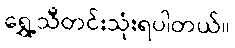
ရွှေ့သီတင်းသုံးရပါတယ်။